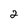
Character: 2